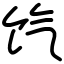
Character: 饩